65_HS1-834228961_62-HQ-83894_Section_2
Agency: FBI
Page 117
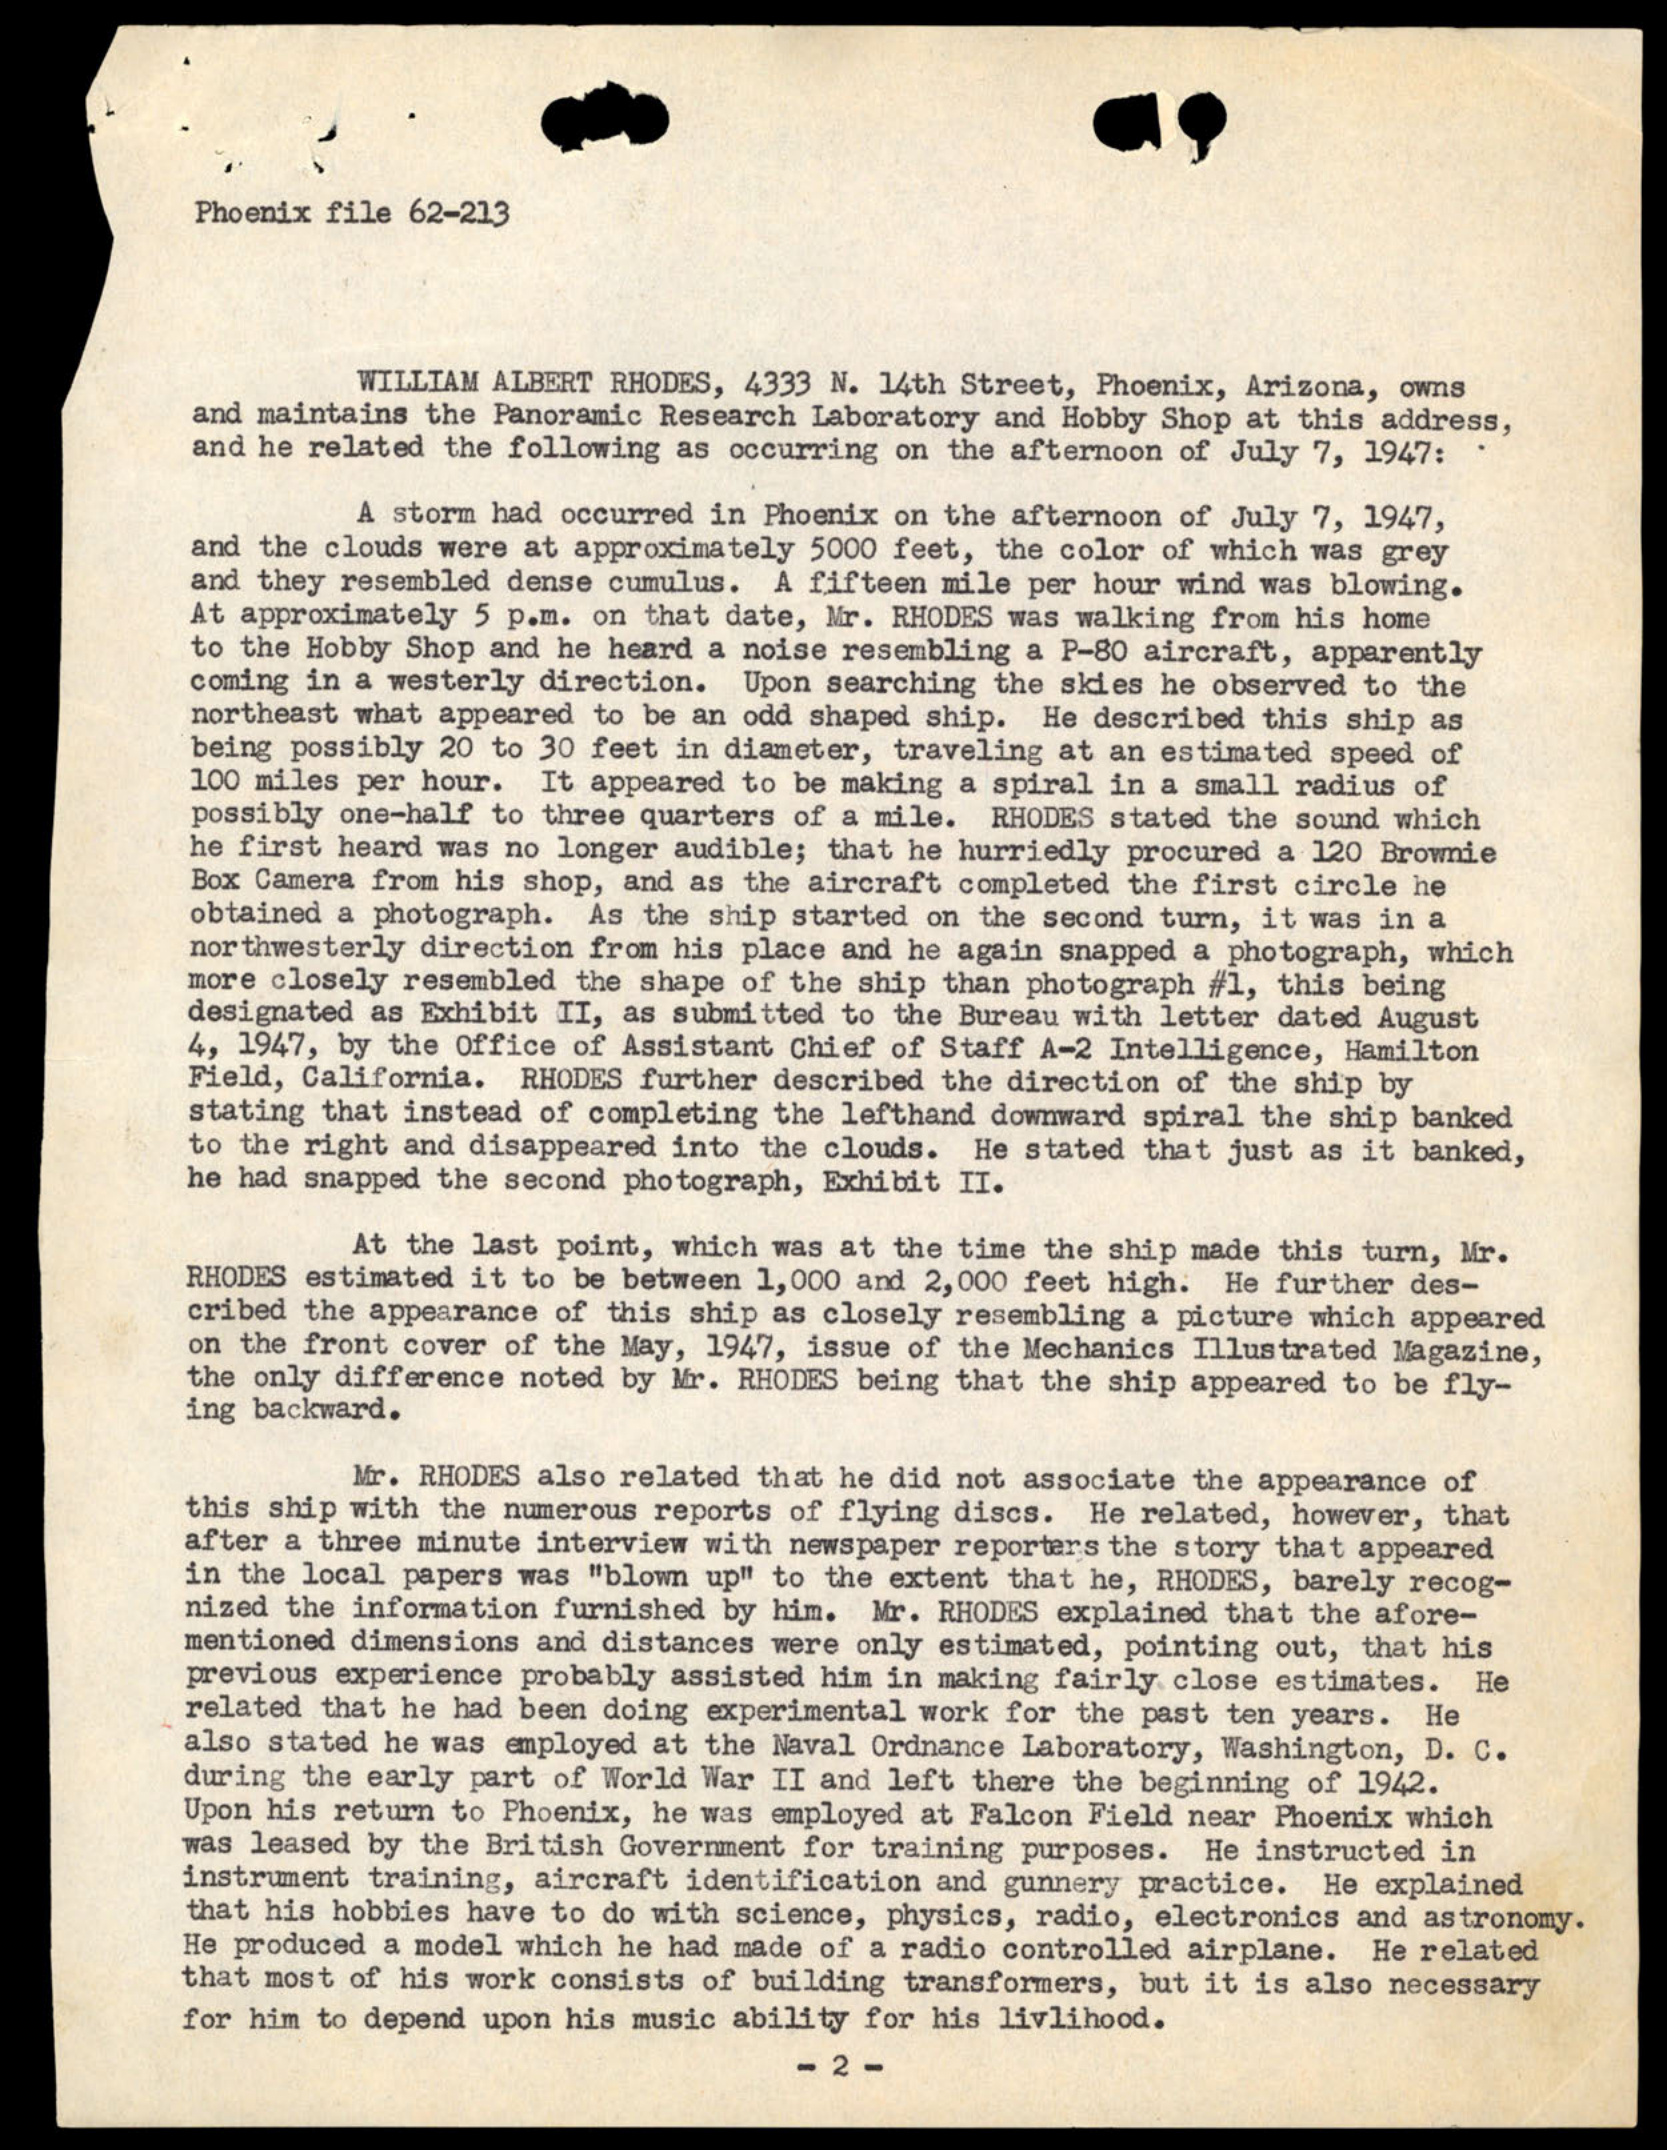